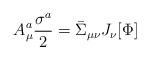
LaTeX: \begin{align*}A_\mu^a \frac{\sigma^a}{2} = \bar \Sigma_{\mu \nu}J_\nu[\Phi] \end{align*}